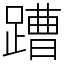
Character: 蹧